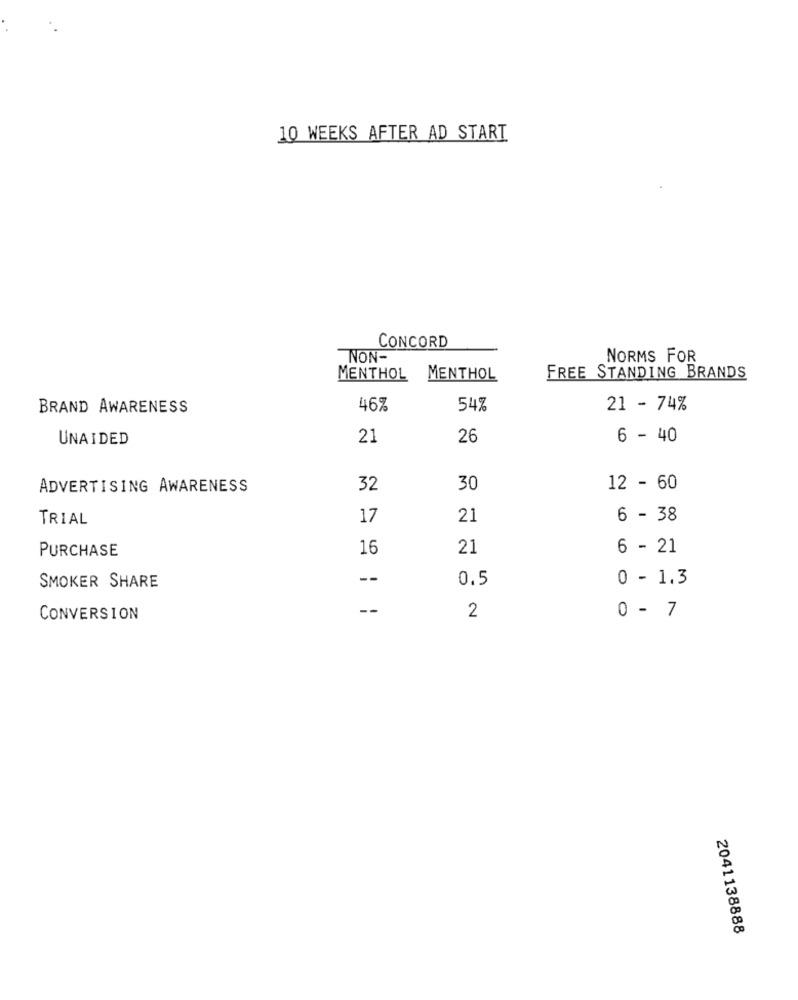
10 WEEKS AFTER AD START
CONCORD
NON-
NORMS FOR
MENTHOL
MENTHOL
FREE STANDING BRANDS
BRAND AWARENESS
46%
54%
21 - 74%
UNAIDED
21
26
6 - 40
ADVERTISING AWARENESS
32
30
12 - 60
TRIAL
17
21
6 - 38
PURCHASE
16
21
6 - 21
--
0.5
0 - 1.3
SMOKER SHARE
--
2
CONVERSION
0 - 7
2041138888